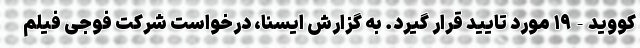
کووید-۱۹ مورد تایید قرار گیرد. به گزارش ایسنا، درخواست شرکت فوجی فیلم